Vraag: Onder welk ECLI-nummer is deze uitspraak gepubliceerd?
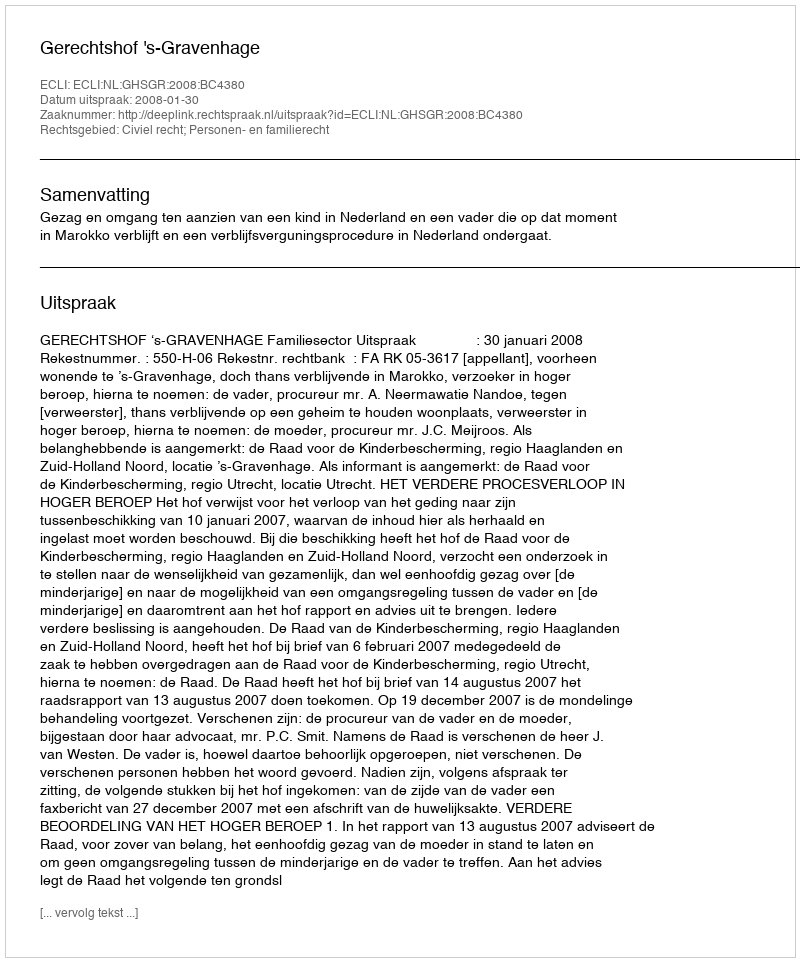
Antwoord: ECLI:NL:GHSGR:2008:BC4380